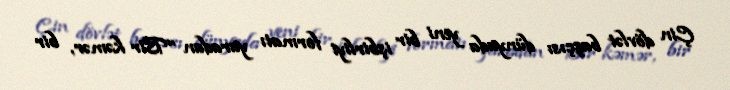
Çin dövlət başçısı dünyada yeni bir işbirliyi formatı yaradan “Bir kəmər, bir